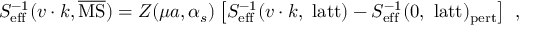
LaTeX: S _ { \mathrm { e f f } } ^ { - 1 } ( v \cdot k , \overline { { \mathrm { M S } } } ) = Z ( \mu a , \alpha _ { s } ) \left[ S _ { \mathrm { e f f } } ^ { - 1 } ( v \cdot k , ~ \mathrm { l a t t } ) - S _ { \mathrm { e f f } } ^ { - 1 } ( 0 , ~ \mathrm { l a t t } ) _ { \mathrm { p e r t } } \right] \ ,